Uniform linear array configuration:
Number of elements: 4
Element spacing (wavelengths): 0.75
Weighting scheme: hamming
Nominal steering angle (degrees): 45
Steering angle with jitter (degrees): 46.403
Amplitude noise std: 0.05
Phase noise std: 0.05

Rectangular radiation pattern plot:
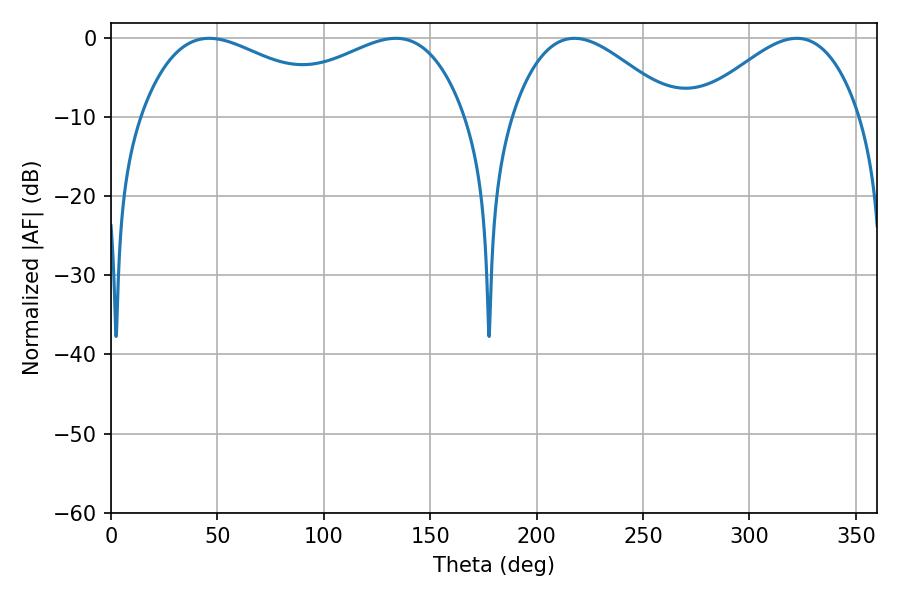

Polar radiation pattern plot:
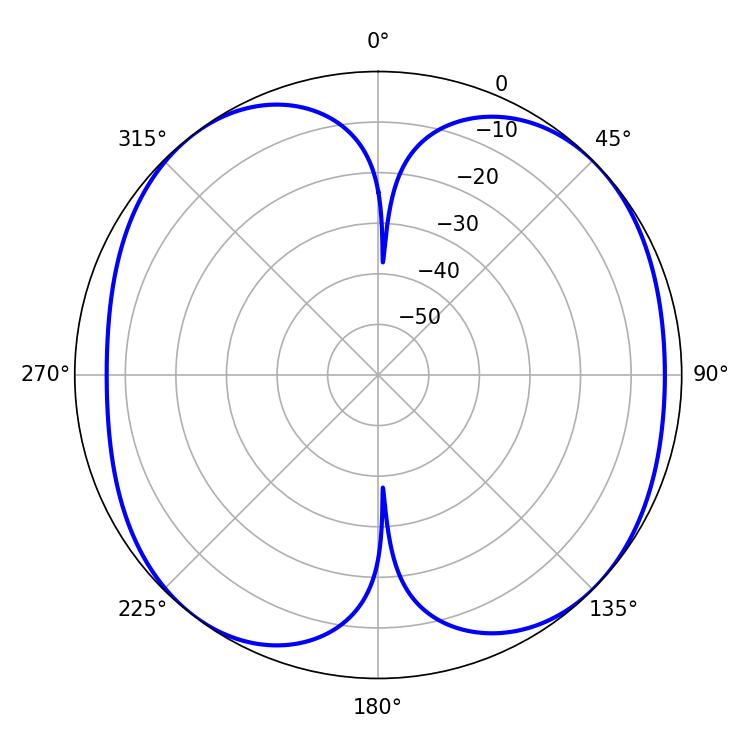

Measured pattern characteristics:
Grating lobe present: TRUE
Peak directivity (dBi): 8.959
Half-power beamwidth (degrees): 41.4
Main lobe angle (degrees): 217.8